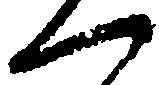
へ